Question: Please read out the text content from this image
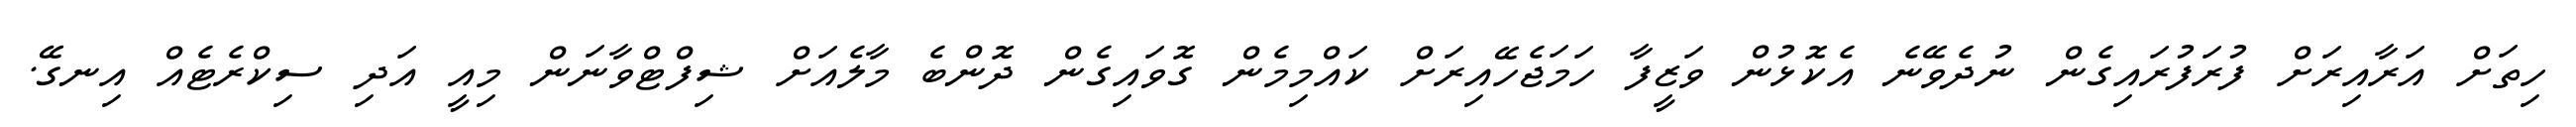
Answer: ހިތަށް އަރާއިރަށް ފުރަފުރައިގެން ނުދެވޭނެ އެކޮޅުން ވަޒީފާ ހަމަޖެހޭއިރަށް ކައްމިމެން ގޮވައިގެން ދޮންބެ މާލެއަށް ޝިފްޓްވާނަން މިއީ އަދި ސިކްރެޓެއް އިނގޭ.